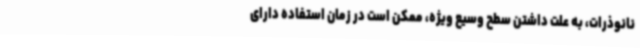
نانوذرات، به علت داشتن سطح وسیع ویژه، ممکن است در زمان استفاده دارای